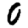
Digit: 0